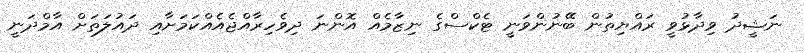
ނަޝީދު ވިދާޅުވީ ރައްޔިތުން ބޭނުންވަނީ ޓެކްސްގެ ނިޒާމެއް އޮންނަ ދިވެހިރާއްޖެއެއްކަމަށާއި ދައުލަތަށް އާމްދަނީ